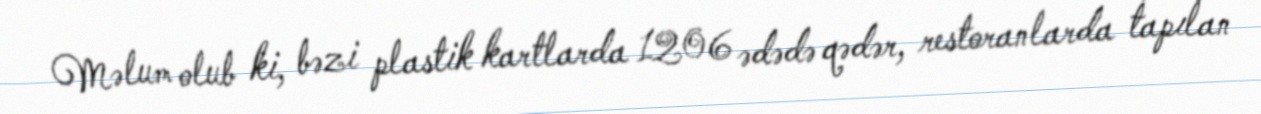
Məlum olub ki, bəzi plastik kartlarda 1206 ədədə qədər, restoranlarda tapılan